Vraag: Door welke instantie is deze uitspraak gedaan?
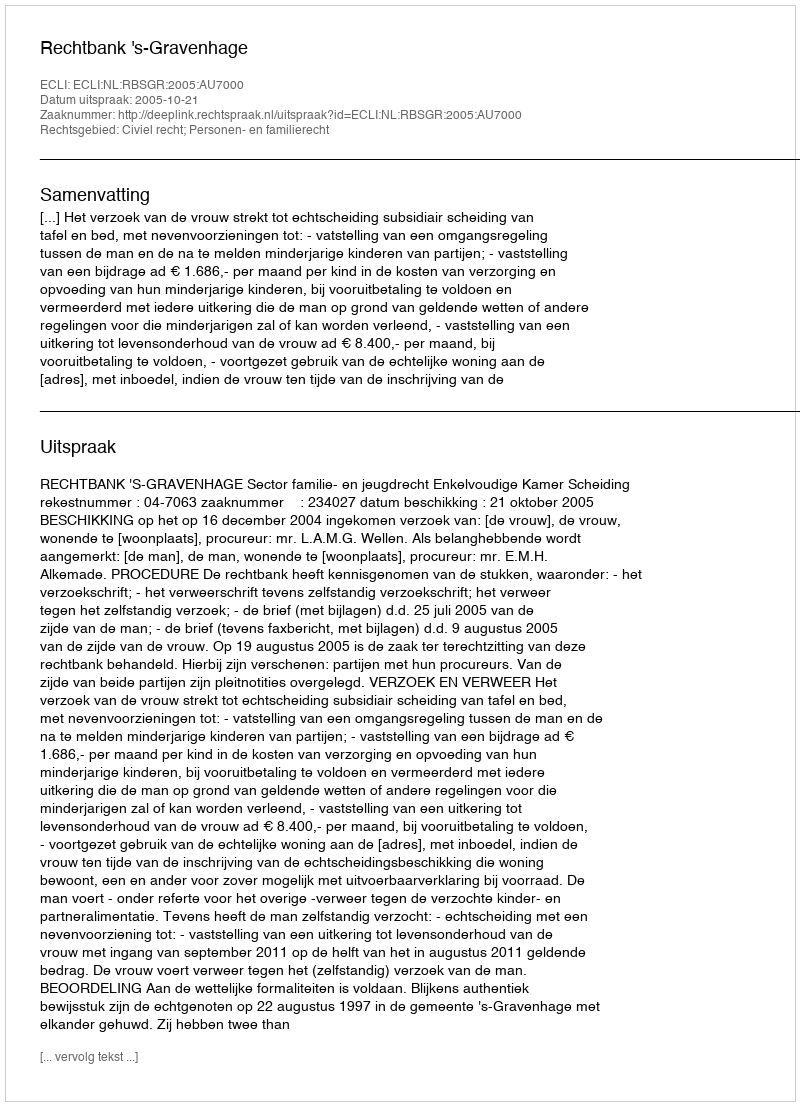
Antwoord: Rechtbank 's-Gravenhage